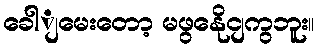
ခေါျမေးတော့ မဖွနေိုငျကွဘူး။